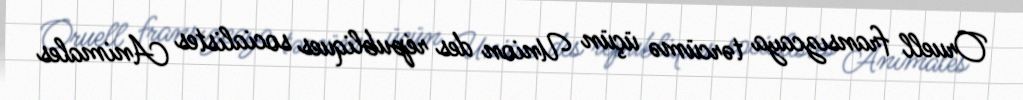
Oruell fransızcaya tərcümə üçün Union des républiques socialistes Animales